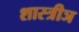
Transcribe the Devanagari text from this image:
शास्त्रीञ